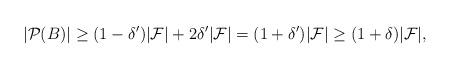
LaTeX: \begin{align*}|{\mathcal P}(B)| \ge (1-\delta')|{\mathcal F}| + 2 \delta' |{\mathcal F}| =(1+ \delta')|{\mathcal F}|\ge (1+ \delta) |{\mathcal F}|, \end{align*}